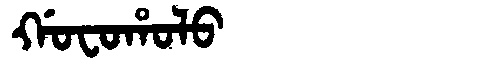
Manchu: ᡤᠣᠸᠣᡥᠣᠯᠣ
Romanization: GOFOHOLO